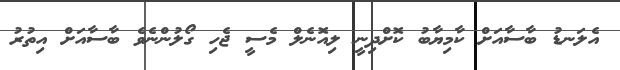
އެލަނޑު ބާސާއަށް ކާމިޔާބު ކޮށްދިނީ ލިއޮނެލް މެސީ ޖެހި ގޯލުންނެވެ ބާސާއަށް އިތުރު